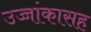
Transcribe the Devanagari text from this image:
उच्चांकासह